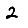
Digit: 2